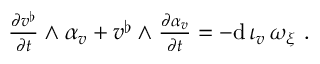
\begin{array} { r } { \frac { \partial v ^ { \flat } } { \partial t } \wedge \alpha _ { v } + v ^ { \flat } \wedge \frac { \partial \alpha _ { v } } { \partial t } = - \mathrm { d } \, \iota _ { v } \, \omega _ { \xi } \ . } \end{array}